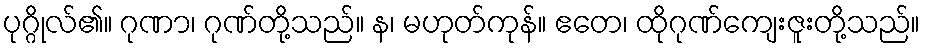
ပုဂ္ဂိုလ်၏။ ဂုဏာ၊ ဂုဏ်တို့သည်။ န၊ မဟုတ်ကုန်။ ဧတေ၊ ထိုဂုဏ်ကျေးဇူးတို့သည်။